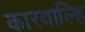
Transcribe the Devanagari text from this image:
कारवाल्हि